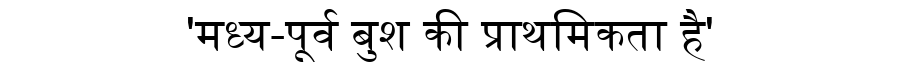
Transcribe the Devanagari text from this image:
'मध्य-पूर्व बुश की प्राथमिकता है'